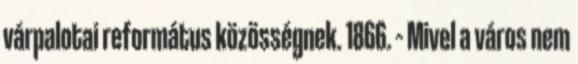
várpalotai református közösségnek. 1866. – Mivel a város nem